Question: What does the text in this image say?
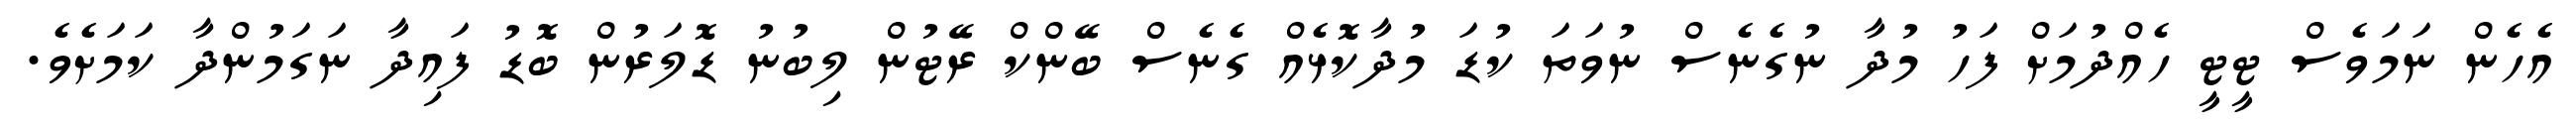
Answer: އެހެން ނަމަވެސް ޓީޓީ ހެއްދުމަށް ފަހު މުދާ ނުގެނެސް ނުވަތަ ކުޑަ މުދާކޮޅެއް ގެނެސް ބޭންކް ރޭޓުން ލިބުނު ޑޮލަރުން ބޮޑު ފައިދާ ނަގަމުންދާ ކަމަށެވެ.